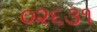
૦૨૬૩૧